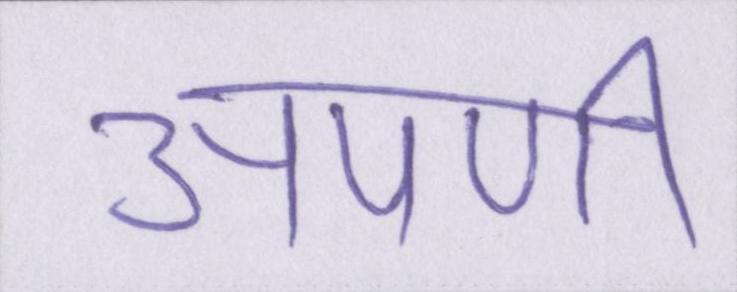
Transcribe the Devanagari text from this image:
अपणी